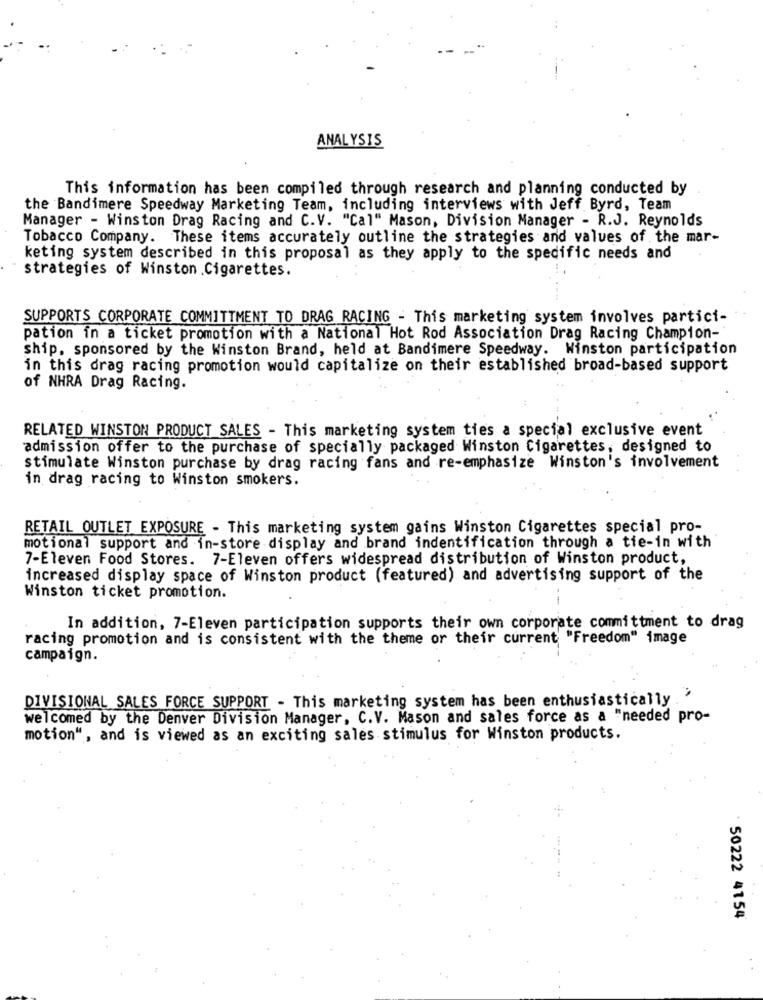
ANALYSIS
This information has been compiled through research and planning conducted by
the Bandimere Speedway Marketing Team, including interviews with Jeff Byrd, Team
Manager - Winston Drag Racing and C.V. "Cal" Mason, Division Manager - R.J. Reynolds
Tobacco Company. These items accurately outline the strategies and values of the mar-
keting system described in this proposal as they apply to the specific needs and
strategies of Winston .Cigarettes.
SUPPORTS CORPORATE COMMITTMENT TO DRAG RACING - This marketing system involves partici-
pation in a ticket promotion with a National Hot Rod Association Drag Racing Champion-
ship, sponsored by the Winston Brand, held at Bandimere Speedway. Winston participation
in this drag racing promotion would capitalize on their established broad-based support
of NHRA Drag Racing.
RELATED WINSTON PRODUCT SALES - This marketing system ties a special exclusive event
admission offer to the purchase of specially packaged Winston Cigarettes, designed to
stimulate Winston purchase by drag racing fans and re-emphasize Winston's involvement
in drag racing to Winston smokers.
RETAIL OUTLET EXPOSURE - This marketing system gains Winston Cigarettes special pro-
motional support and in-store display and brand indentification through a tie-in with
7-Eleven Food Stores. 7-Eleven offers widespread distribution of Winston product,
increased display space of Winston product (featured) and advertising support of the
Winston ticket promotion.
In addition, 7-Eleven participation supports their own corporate committment to drag
racing promotion and is consistent with the theme or their current "Freedom" image
campaign.
DIVISIONAL SALES FORCE SUPPORT - This marketing system has been enthusiastically .
welcomed by the Denver Division Manager, C.V. Mason and sales force as a "needed pro-
motion", and is viewed as an exciting sales stimulus for Winston products.
50222 4154